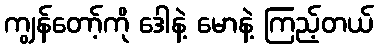
ကျွန်တော့်ကို ဒေါနဲ့ မောနဲ့ ကြည့်တယ်